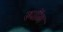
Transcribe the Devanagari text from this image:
स्पॉम